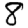
Digit: 8